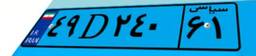
۷۵D۳۶۱۵۸